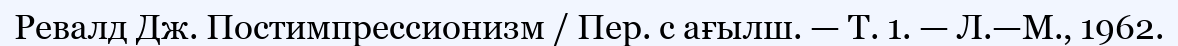
Ревалд Дж. Постимпрессионизм / Пер. с ағылш. — Т. 1. — Л.—М., 1962.